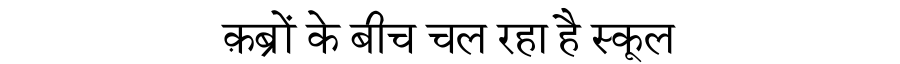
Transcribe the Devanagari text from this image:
क़ब्रों के बीच चल रहा है स्कूल